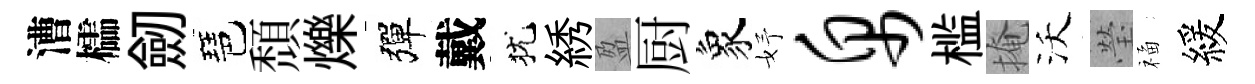
漕櫺劒琶頹爍彈戴犹綉盈厨象妤帛槛掩沃瑩福緩